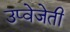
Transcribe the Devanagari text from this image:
उप्वेजेती